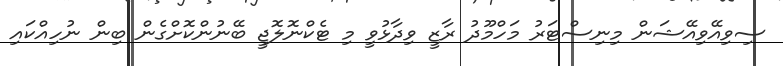
ސިވިއޭވިއޭޝަން މިނިސްޓަރު މަހްމޫދު ރާޒީ ވިދާޅުވީ މި ޓެކްނޮލޮޖީ ބޭނުންކޮށްގެން ބިން ނުހިއްކައި